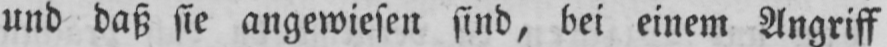
und daß sie angewiesen sind, bei einem Angriff